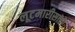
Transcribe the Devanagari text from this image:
लूटमारीसाठी